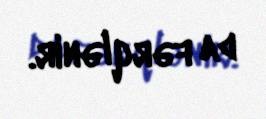
da fərqlənir.